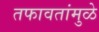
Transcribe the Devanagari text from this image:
तफावतांमुळे